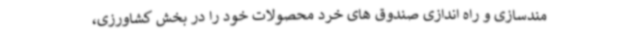
مندسازی و راه اندازی صندوق های خرد محصولات خود را در بخش کشاورزی،